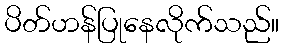
ပိတ်ဟန်ပြုနေလိုက်သည်။